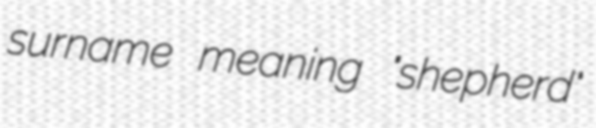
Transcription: surname meaning "shepherd"